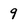
Character: 9